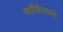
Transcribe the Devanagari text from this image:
मार्जिनवाले